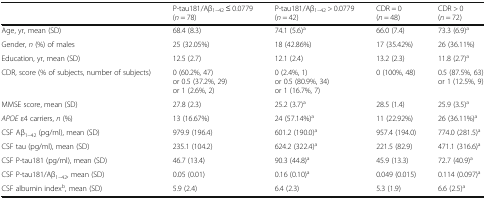
|  | P-tau181/Aβ1–42 ≤ 0.0779(n = 78) | P-tau181/Aβ1–42 > 0.0779(n = 42) | CDR = 0(n = 48) | CDR > 0(n = 72) |
 | --- | --- | --- | --- | --- |
 | Age, yr, mean (SD) | 68.4 (8.3) | 74.1 (5.6)a | 66.0 (7.4) | 73.3 (6.9)a |
 | Gender, n (%) of males | 25 (32.05%) | 18 (42.86%) | 17 (35.42%) | 26 (36.11%) |
 | Education, yr, mean (SD) | 12.5 (2.7) | 12.1 (2.4) | 13.2 (2.3) | 11.8 (2.7)a |
 | CDR, score (% of subjects, number of subjects) | 0 (60.2%, 47)or 0.5 (37.2%, 29)or 1 (2.6%, 2) | 0 (2.4%, 1)or 0.5 (80.9%, 34)or 1 (16.7%, 7) | 0 (100%, 48) | 0.5 (87.5%, 63)or 1 (12.5%, 9) |
 | MMSE score, mean (SD) | 27.8 (2.3) | 25.2 (3.7)a | 28.5 (1.4) | 25.9 (3.5)a |
 | APOE ε4 carriers, n (%) | 13 (16.67%) | 24 (57.14%)a | 11 (22.92%) | 26 (36.11%)a |
 | CSF Aβ1–42 (pg/ml), mean (SD) | 979.9 (196.4) | 601.2 (190.0)a | 957.4 (194.0) | 774.0 (281.5)a |
 | CSF tau (pg/ml), mean (SD) | 235.1 (104.2) | 624.2 (322.4)a | 221.5 (82.9) | 471.1 (316.6)a |
 | CSF P-tau181 (pg/ml), mean (SD) | 46.7 (13.4) | 90.3 (44.8)a | 45.9 (13.3) | 72.7 (40.9)a |
 | CSF P-tau181/Aβ1–42, mean (SD) | 0.05 (0.01) | 0.16 (0.10)a | 0.049 (0.015) | 0.114 (0.097)a |
 | CSF albumin indexb, mean (SD) | 5.9 (2.4) | 6.4 (2.3) | 5.3 (1.9) | 6.6 (2.5)a |